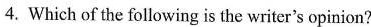
4.Which of the following is the writer's opinion?